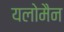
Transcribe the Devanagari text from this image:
यलोमैन